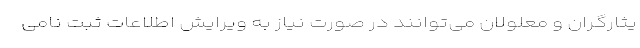
یثارگران و معلولان می‌توانند در صورت نیاز به ویرایش اطلاعات ثبت نامی